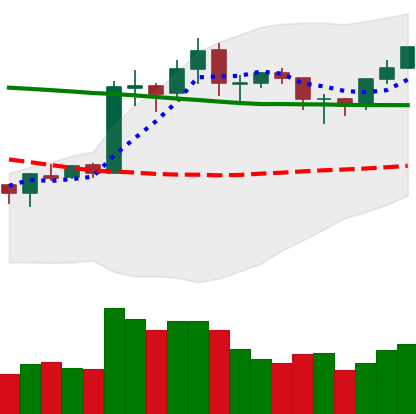
Ticker: ETH-USD
Chart end date: 2020-01-28
Forward return: 6.944%
Label: up_5_7